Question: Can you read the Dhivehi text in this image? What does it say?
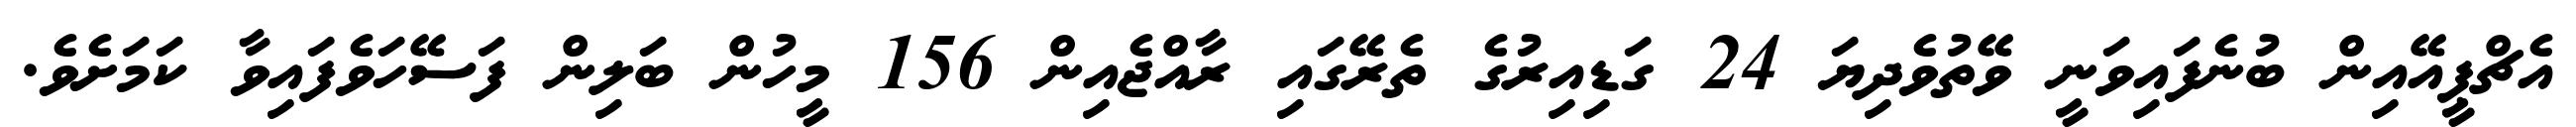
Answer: އެޗްޕީއޭއިން ބުނެފައިވަނީ ވޭތުވެދިޔަ 24 ގަޑިއިރުގެ ތެރޭގައި ރާއްޖެއިން 156 މީހުން ބަލިން ފަސޭހަވެފައިވާ ކަމަށެވެ.